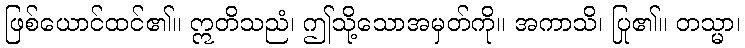
ဖြစ်ယောင်ထင်၏။ ဣတိသညံ၊ ဤသို့သောအမှတ်ကို။ အကာသိ၊ ပြု၏။ တသ္မာ၊